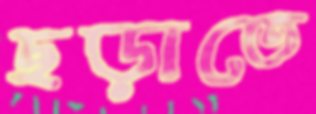
ছড়াতে